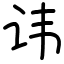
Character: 讳